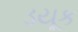
ડયૂક